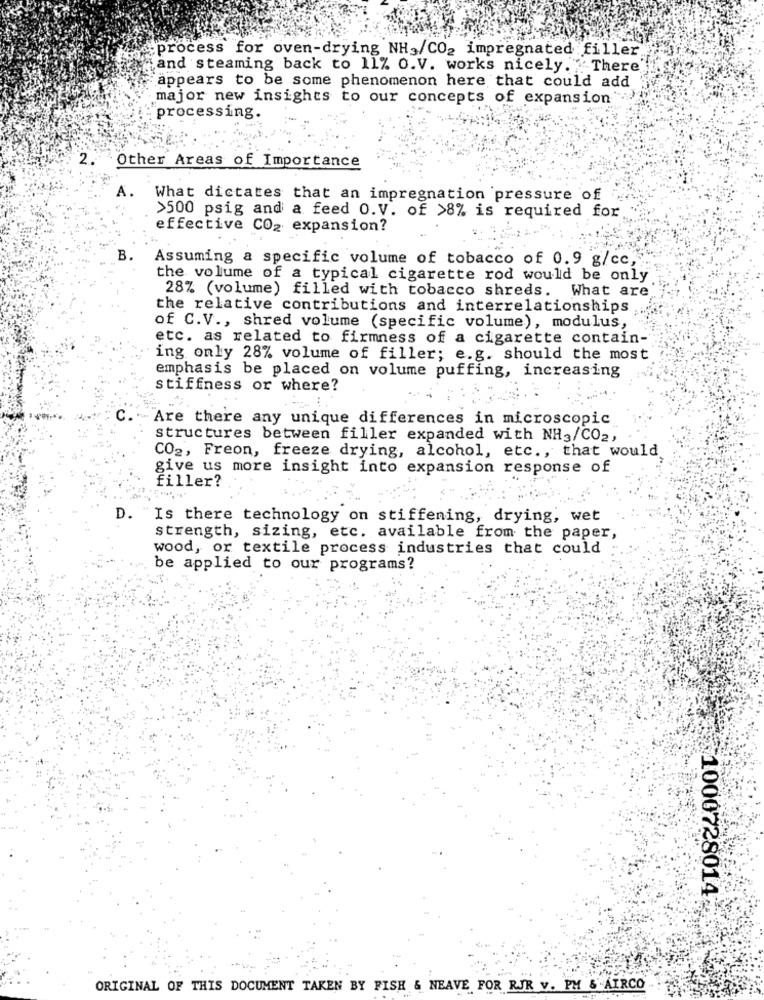
process for oven-drying NH,/CO2 impregnated filler
and steaming back to 11% O.V. works nicely. "There
appears to be some phenomenon here that could add
major new insights to our concepts of expansion
processing.
2. Other Areas of Importance
A.
What dictates that an impregnation pressure of
>500 psig and a feed O.V. of >8% is required for
effective CO2 expansion?
B.
Assuming a specific volume of tobacco of 0.9 g/cc ,.
the volume of a typical cigarette rod would be only
28% (volume) filled with tobacco shreds. What are
the relative contributions and interrelationships
of C.V ., shred volume (specific volume), modulus,
etc. as related to firmness of a cigarette contain-
ing only 28% volume of filler; e.g. should the most
emphasis be placed on volume puffing, increasing
stiffness or where?
C. Are there any unique differences in microscopic
structures between filler expanded with NH3/CO2,
CO2, Freon, freeze drying, alcohol, etc ., that would
give us more insight into expansion response of
filler?
D. "Is there technology on stiffening, drying, wet
strength, sizing, etc. available from the paper,
wood, or textile process industries that could
be applied to our programs?
1000728014
ORIGINAL OF THIS DOCUMENT TAKEN BY FISH & NEAVE FOR RJR V. PM & AIRCO